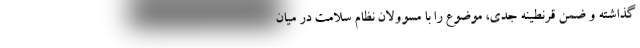
گذاشته و ضمن قرنطینه جدی، موضوع را با مسوولان نظام سلامت در میان